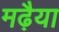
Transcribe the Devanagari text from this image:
मढ़ैया